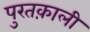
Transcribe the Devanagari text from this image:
पुरतक़ाली